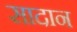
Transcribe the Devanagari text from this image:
सादान